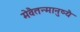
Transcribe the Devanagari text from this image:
मेवैतन्मानुष्यै